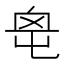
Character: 𡴓